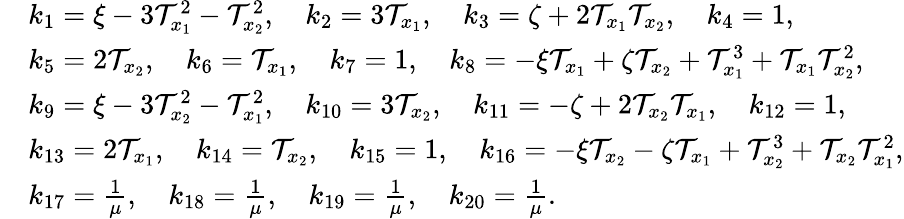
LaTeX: \begin{array}{rl}&{k_{1}=\xi-3\mathcal{T}_{x_{1}}^{2}-\mathcal{T}_{x_{2}}^{2},\quad k_{2}=3\mathcal{T}_{x_{1}},\quad k_{3}=\zeta+2\mathcal{T}_{x_{1}}\mathcal{T}_{x_{2}},\quad k_{4}=1,}\\ &{k_{5}=2\mathcal{T}_{x_{2}},\quad k_{6}=\mathcal{T}_{x_{1}},\quad k_{7}=1,\quad k_{8}=-\xi\mathcal{T}_{x_{1}}+\zeta\mathcal{T}_{x_{2}}+\mathcal{T}_{x_{1}}^{3}+\mathcal{T}_{x_{1}}\mathcal{T}_{x_{2}}^{2},}\\ &{k_{9}=\xi-3\mathcal{T}_{x_{2}}^{2}-\mathcal{T}_{x_{1}}^{2},\quad k_{10}=3\mathcal{T}_{x_{2}},\quad k_{11}=-\zeta+2\mathcal{T}_{x_{2}}\mathcal{T}_{x_{1}},\quad k_{12}=1,}\\ &{k_{13}=2\mathcal{T}_{x_{1}},\quad k_{14}=\mathcal{T}_{x_{2}},\quad k_{15}=1,\quad k_{16}=-\xi\mathcal{T}_{x_{2}}-\zeta\mathcal{T}_{x_{1}}+\mathcal{T}_{x_{2}}^{3}+\mathcal{T}_{x_{2}}\mathcal{T}_{x_{1}}^{2},}\\ &{k_{17}=\frac{1}{\mu},\quad k_{18}=\frac{1}{\mu},\quad k_{19}=\frac{1}{\mu},\quad k_{20}=\frac{1}{\mu}.}\end{array}